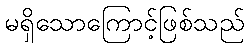
မရှိသောကြောင့်ဖြစ်သည်